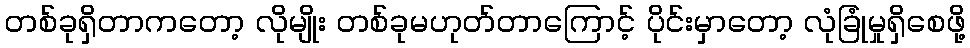
တစ်ခုရှိတာကတော့ လိုမျိုး တစ်ခုမဟုတ်တာကြောင့် ပိုင်းမှာတော့ လုံခြုံမှုရှိစေဖို့